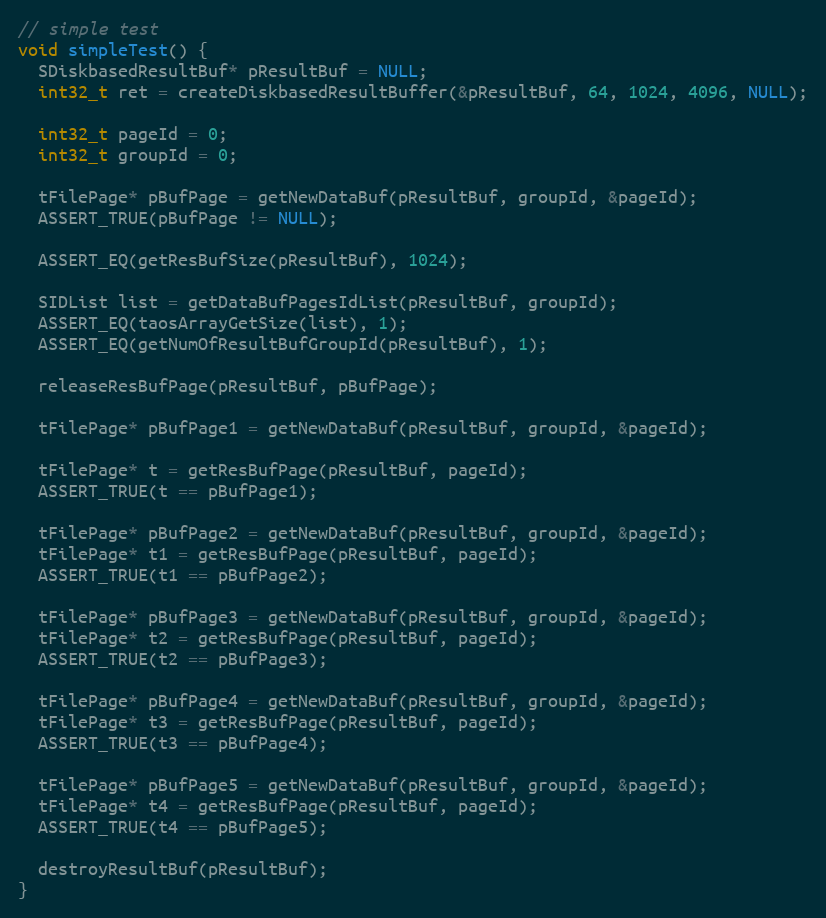
Language: C++
// simple test
void simpleTest() {
  SDiskbasedResultBuf* pResultBuf = NULL;
  int32_t ret = createDiskbasedResultBuffer(&pResultBuf, 64, 1024, 4096, NULL);

  int32_t pageId = 0;
  int32_t groupId = 0;

  tFilePage* pBufPage = getNewDataBuf(pResultBuf, groupId, &pageId);
  ASSERT_TRUE(pBufPage != NULL);

  ASSERT_EQ(getResBufSize(pResultBuf), 1024);

  SIDList list = getDataBufPagesIdList(pResultBuf, groupId);
  ASSERT_EQ(taosArrayGetSize(list), 1);
  ASSERT_EQ(getNumOfResultBufGroupId(pResultBuf), 1);

  releaseResBufPage(pResultBuf, pBufPage);

  tFilePage* pBufPage1 = getNewDataBuf(pResultBuf, groupId, &pageId);

  tFilePage* t = getResBufPage(pResultBuf, pageId);
  ASSERT_TRUE(t == pBufPage1);

  tFilePage* pBufPage2 = getNewDataBuf(pResultBuf, groupId, &pageId);
  tFilePage* t1 = getResBufPage(pResultBuf, pageId);
  ASSERT_TRUE(t1 == pBufPage2);

  tFilePage* pBufPage3 = getNewDataBuf(pResultBuf, groupId, &pageId);
  tFilePage* t2 = getResBufPage(pResultBuf, pageId);
  ASSERT_TRUE(t2 == pBufPage3);

  tFilePage* pBufPage4 = getNewDataBuf(pResultBuf, groupId, &pageId);
  tFilePage* t3 = getResBufPage(pResultBuf, pageId);
  ASSERT_TRUE(t3 == pBufPage4);

  tFilePage* pBufPage5 = getNewDataBuf(pResultBuf, groupId, &pageId);
  tFilePage* t4 = getResBufPage(pResultBuf, pageId);
  ASSERT_TRUE(t4 == pBufPage5);

  destroyResultBuf(pResultBuf);
}